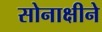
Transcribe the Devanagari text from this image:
सोनाक्षीने